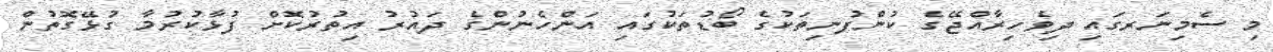
މި ސެމިނަރގައި ދިވެހިރާއްޖޭގެ ކުންފުނިތަކުގެ ބޯޑުތަކުގައި އަންހެނުންގެ ދައުރު އިތުރުކޮށް ފުޅާކުރުމާ ގުޅޭގޮތުން